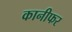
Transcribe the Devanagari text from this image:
कानीफर